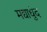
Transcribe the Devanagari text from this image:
मद्याधुंद